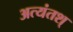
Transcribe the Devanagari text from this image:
अत्यंतश्